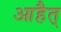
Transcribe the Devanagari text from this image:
आहैत्